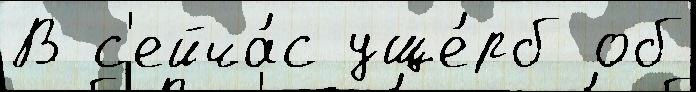
В с'ейча́с уще́рб об